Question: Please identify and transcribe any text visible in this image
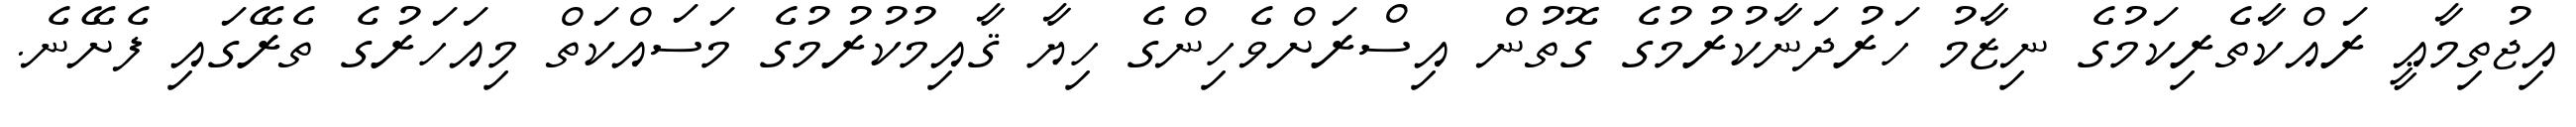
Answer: އިޖުތިމާޢީ ރައްކާތެރިކަމުގެ ނިޒާމު ހަރުދަނާކުރުމުގެ ގޮތުން އިސްރަށްވެހިންގެ ހިޔާ ޤާއިމުކުރުމުގެ މަސައްކަތް މިއަހަރުގެ ތެރޭގައި ފެށޭނެ.